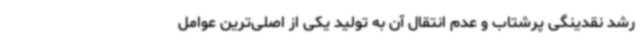
رشد نقدینگی پرشتاب و عدم انتقال آن به تولید یکی از اصلی‌ترین عوامل